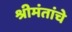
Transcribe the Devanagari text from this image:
श्रीमंतांचे